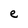
Character: e